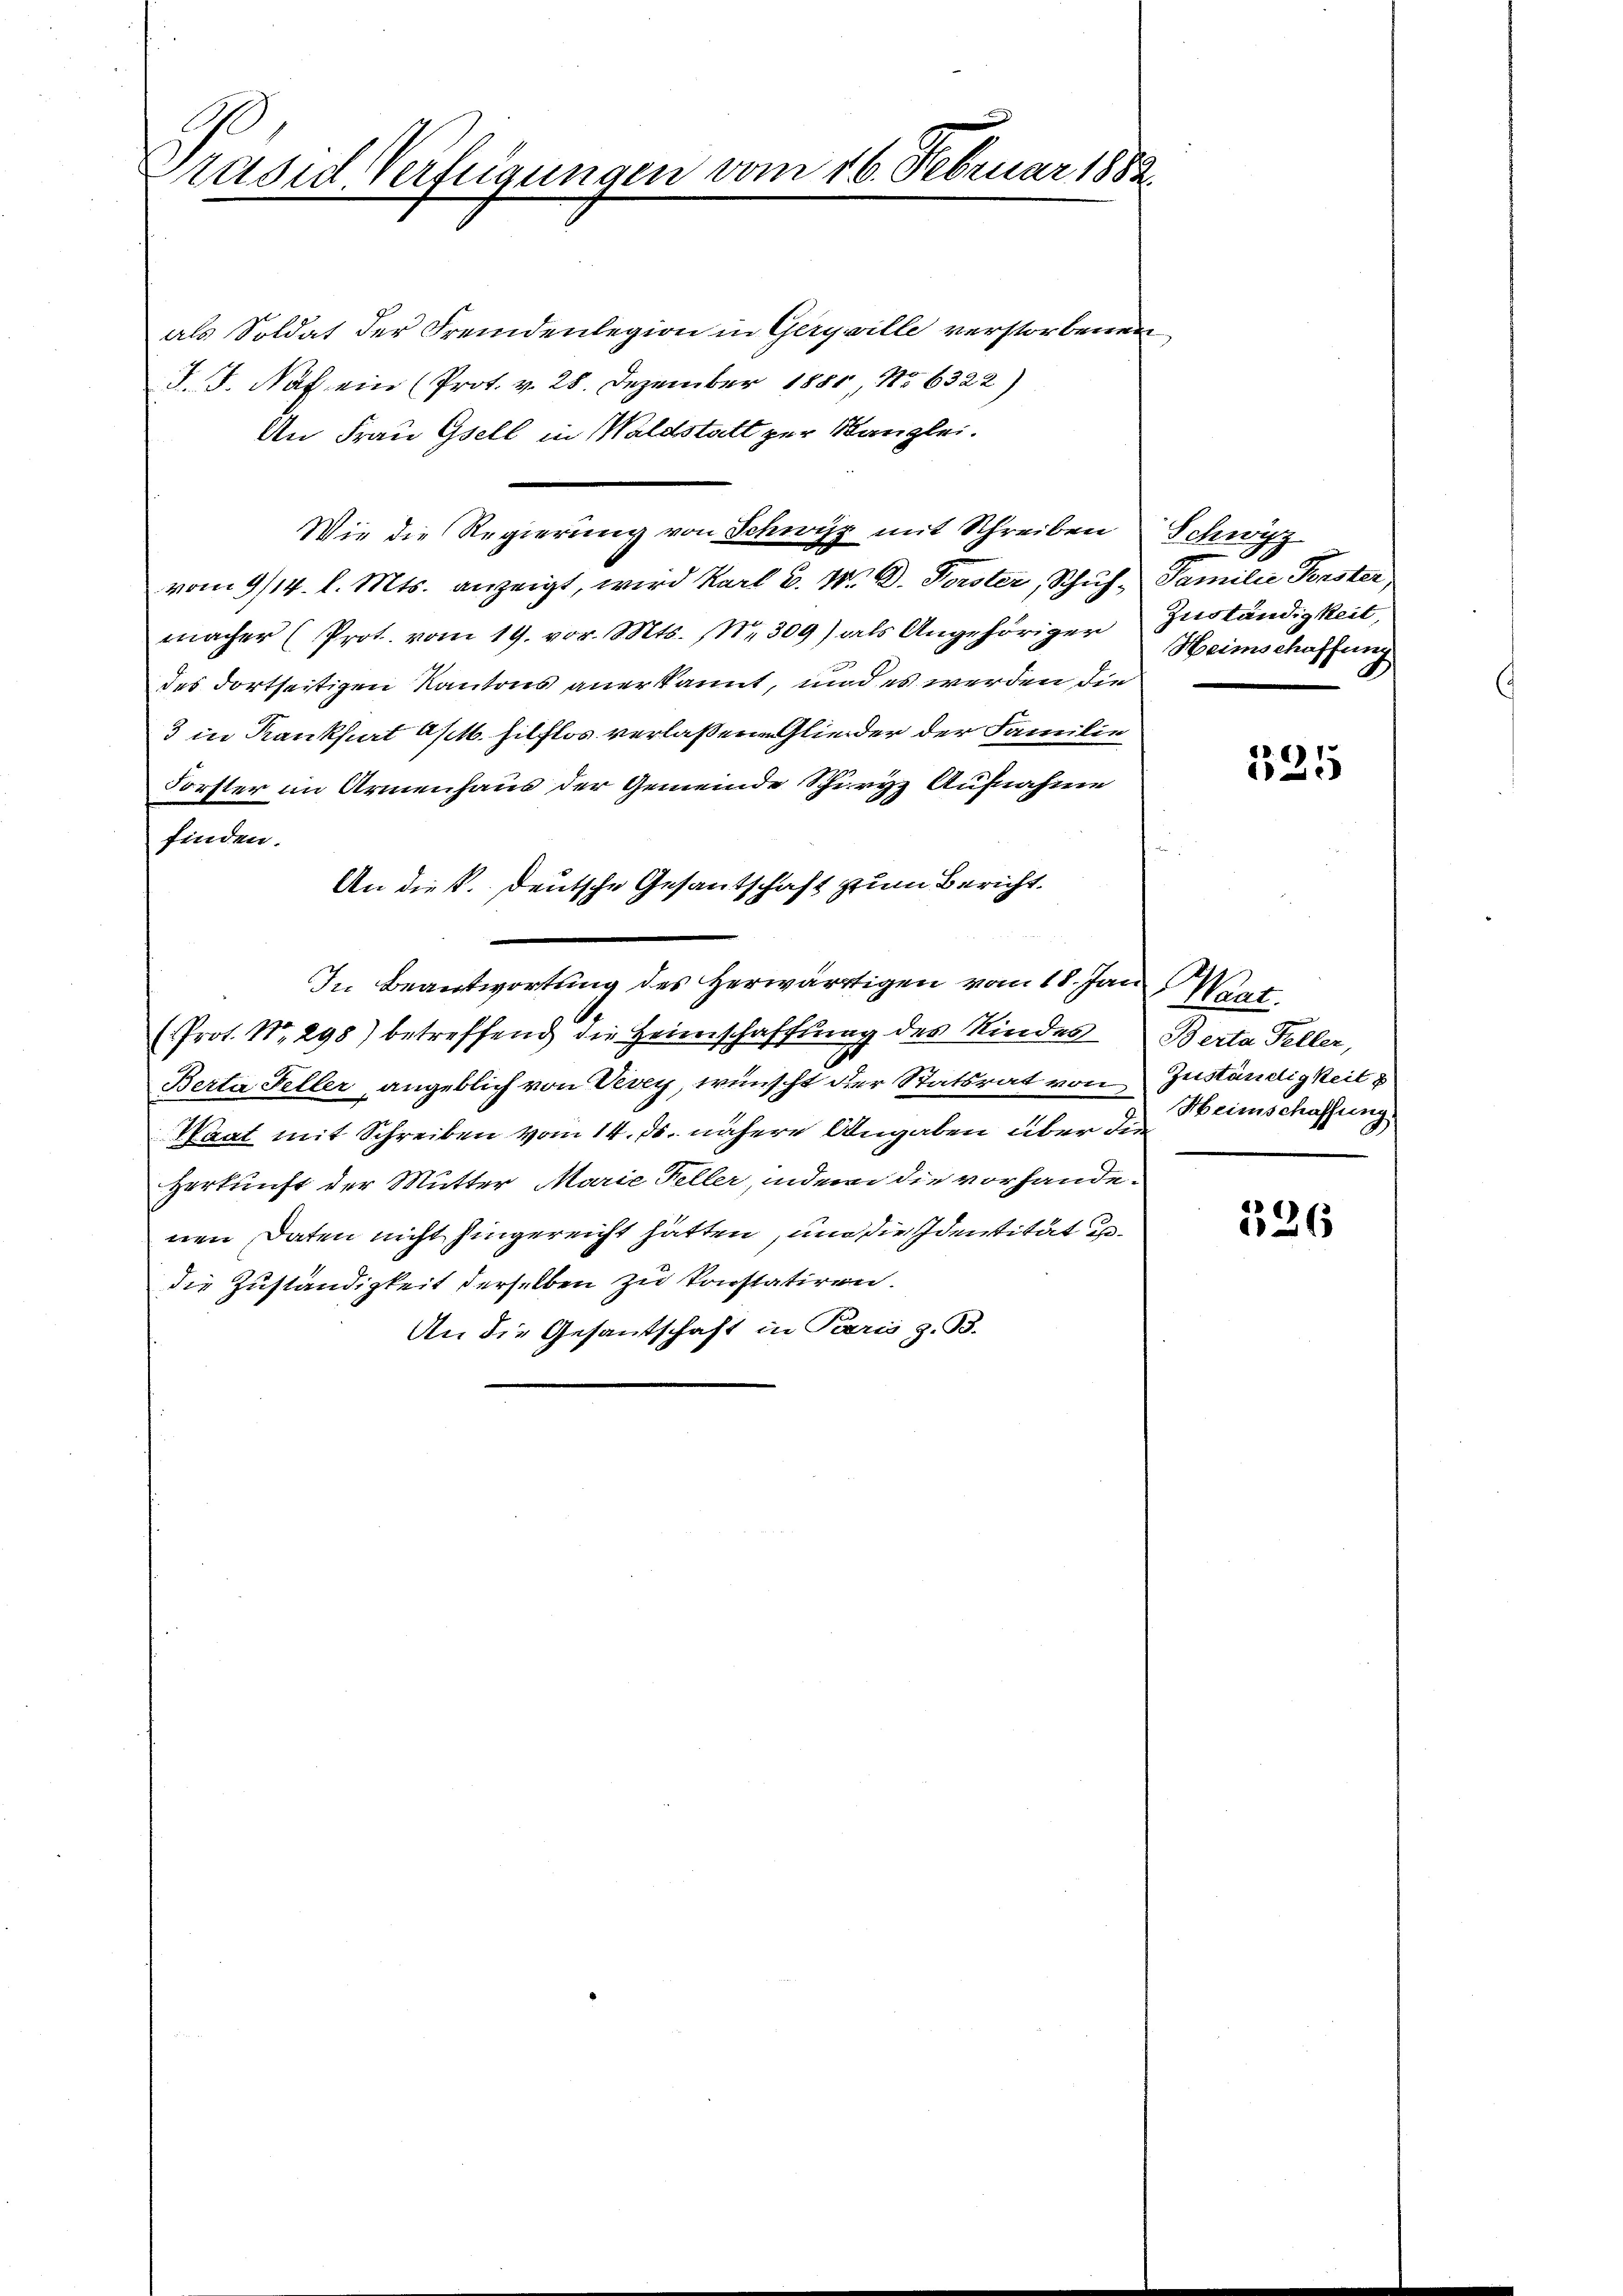
rasid Verfügungen vom 16. Februar 1882.

als Soldat der Fremdenlegion in Gerywille verstorbenen
J. J. Näf ein (Prot. v. 28. Dezember 1881 No 6322)
An Frau Gsell in Waldstatt zur Kanzlei.
Wie die Regierung von Schwyz mit Schreiben Schwyz
vom 9/14. l. Mts. anzeigt, wird Karl u. W. B. Forster, Schuh, Familie Forster,
macher (Prot. vom 19. vor. Mts. Nr. 309) als Angehöriger Zuständigkeit,
des dortseitigen Kantons anerkannt, und es werden die
3 in Krankheit Ap. hilflos verlaßene Glieder der Familie
Forster im Armenhaus der Gemeinde Schiryz Aufnahme
finden.
An dieß. Deutsche Gesantschaft zum Bericht
In Beantwortung des Herwärtigen vom 18. Jan. Wart
1
(Prot. Nr. 298) betreffend die Heimschaffung des Kindes Berta Feller,
Berta Feller, angeblich von Vevey, wünscht der Statsrat von Zuständigkeit
Waat mit Schreiben vom 14. ds. nähere Angaben über die
Herkunft der Mutter Marie Feller, indem die vorhandenen Daten nicht hingereicht hätten, und die Identität gedie Zuständigkeit derselben zu konstatiren.
An die Gesantschaft in Paris z. B.

Heimschaffung

125

Heimschaffung

326